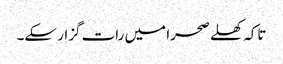
تاکہ کھلے صحرا میں رات گزار سکے۔